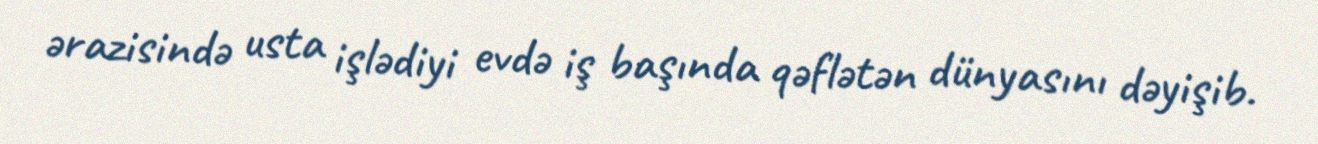
ərazisində usta işlədiyi evdə iş başında qəflətən dünyasını dəyişib.